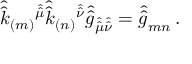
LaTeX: \hat { \hat { k } } _ { ( m ) } { } ^ { \hat { \hat { \mu } } } \hat { \hat { k } } _ { ( n ) } { } ^ { \hat { \hat { \nu } } } \hat { \hat { g } } _ { \hat { \hat { \mu } } \hat { \hat { \nu } } } = \hat { \hat { g } } _ { m n } \, .